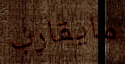
مايقارب